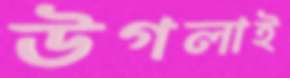
উগলাই